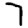
Digit: 7